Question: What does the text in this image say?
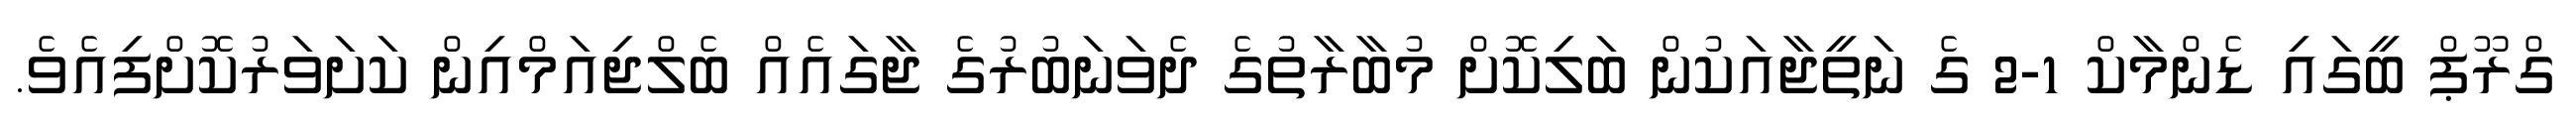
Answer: ގްރޫޕް ބީގައި ޑެންމާކް 1-2 ގެ ނަތީޖާއަކުން ބަލިކޮށް މުބާރާތުގެ ދެވަނަބުރުގެ ޖާގައެއް ބެލްޖިއަމްއިން ކަށަވަރުކޮށްފިއެވެ.